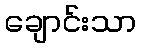
ချောင်းသာ